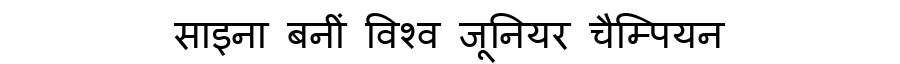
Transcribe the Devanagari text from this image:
साइना बनीं विश्व जूनियर चैम्पियन